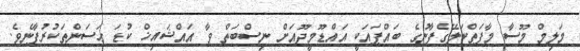
މަލިމް މޫސާ މާފަތްކަލޭގެފާނުގެ ބައްޕައަކީ އައްޑޫމީދޫއަށް ނިސްބަތްް ވާ އައްޝައިޚް ކުޑަ ޙަސަންތަކުރުފާނެވެ.